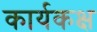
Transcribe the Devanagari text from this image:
कार्यकक्ष